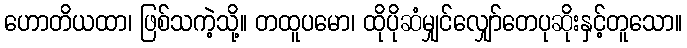
ဟောတိယထာ၊ ဖြစ်သကဲ့သို့။ တထူပမော၊ ထိုပိုဆံမျှင်လျှော်တေပုဆိုးနှင့်တူသော။